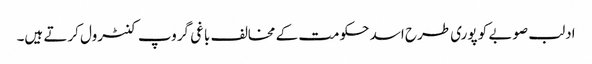
ادلب صوبے کو پوری طرح اسد حکومت کے مخالف باغی گروپ کنٹرول کرتے ہیں۔